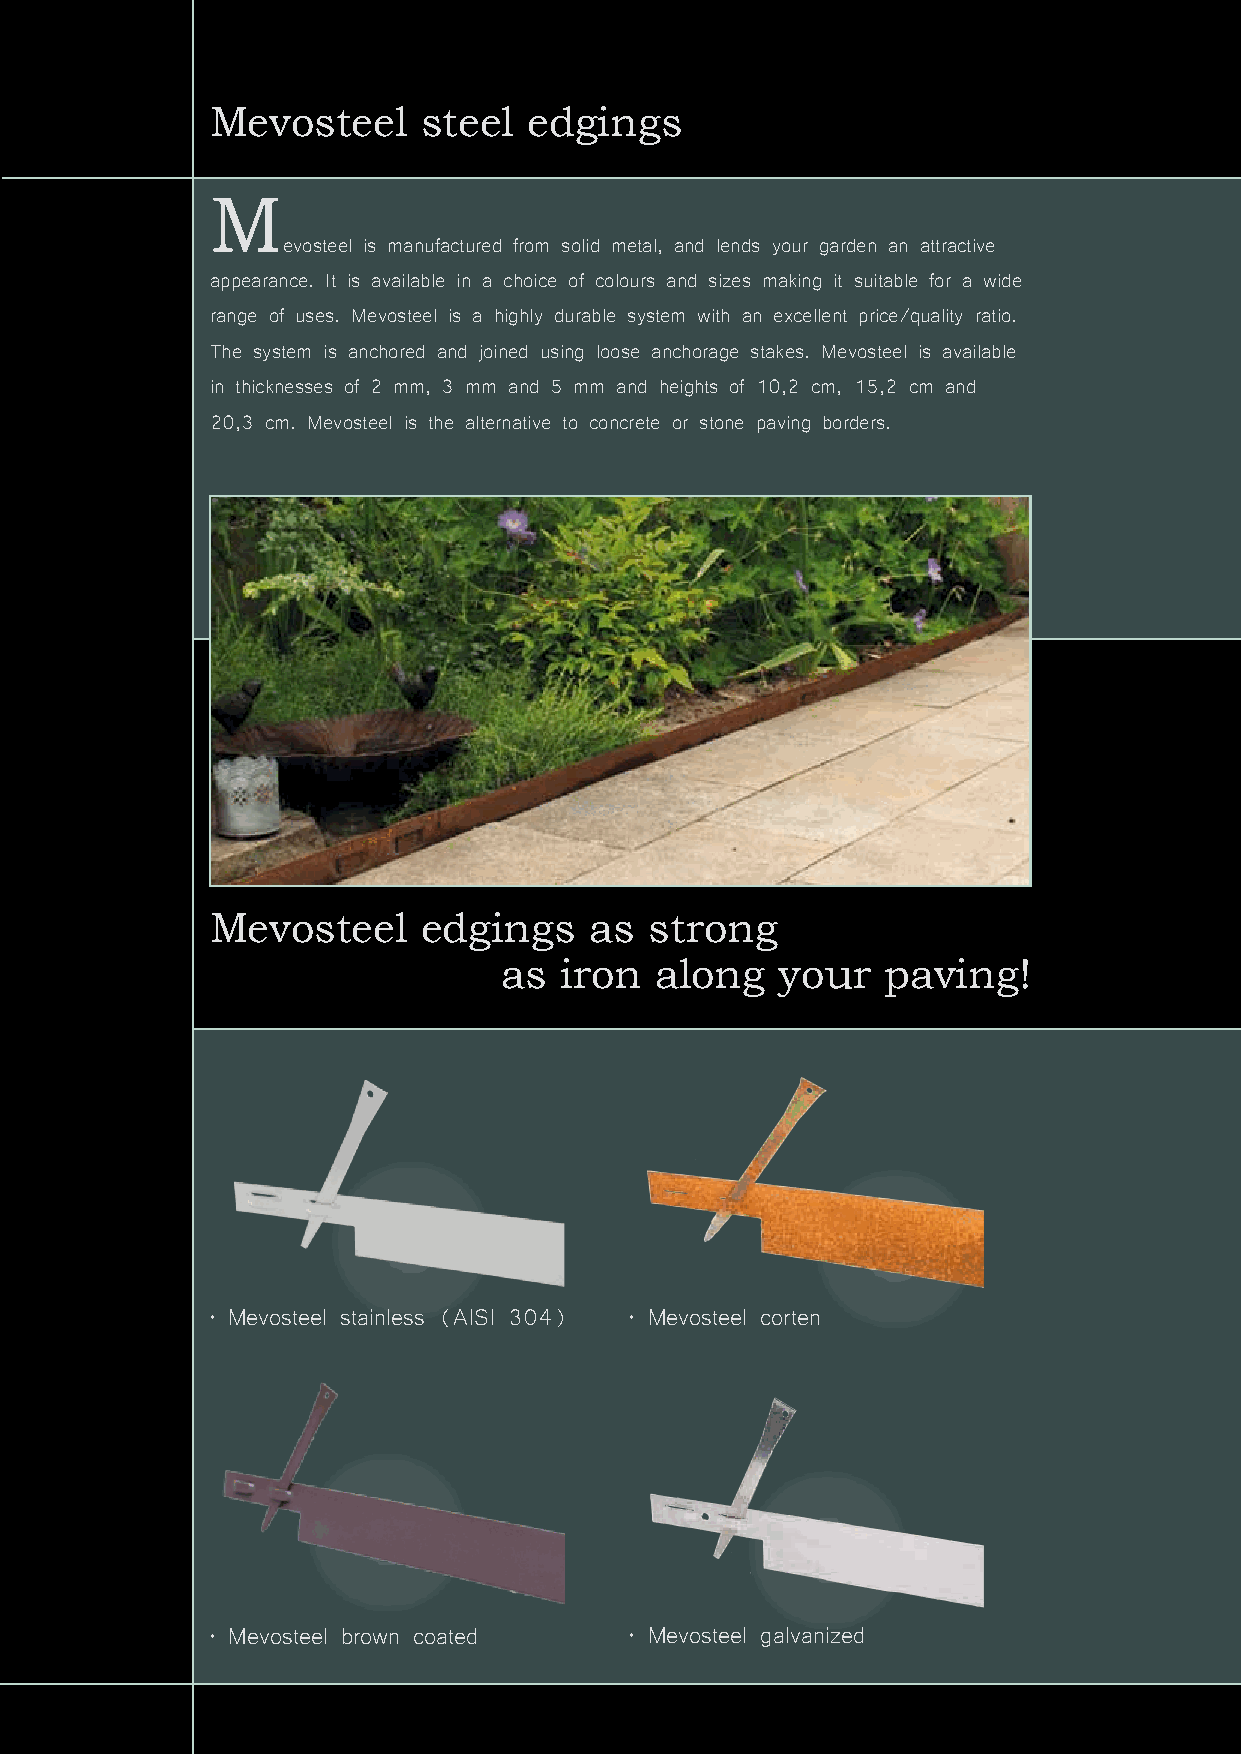
Mevosteel     steel  edgings
 M
 evosteel is manufactured from solid metal, and lends your garden an attractive
 appearance. It is available in a choice of colours and sizes making it suitable for a wide
 range of uses. Mevosteel is a highly durable system with an excellent price/quality ratio.
 The system is anchored and joined using loose anchorage stakes. Mevosteel is available
 in thicknesses of 2 mm, 3 mm and 5 mm and heights of 10,2 cm, 15,2 cm and
 20,3 cm. Mevosteel is the alternative to concrete or stone paving borders.
 Mevosteel     edgings    as  strong
 as  iron  along    your   paving!
 • Mevosteel stainless (AISI 304) • Mevosteel corten
 Beautiful elevated borders...
 • Mevosteel brown coated    • Mevosteel galvanized